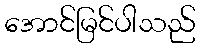
အောင်မြင်ပါသည်